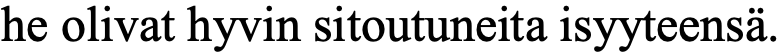
he olivat hyvin sitoutuneita isyyteensä.